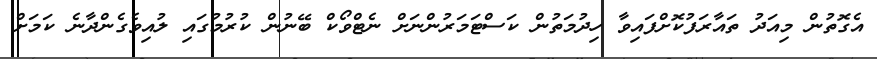
އެގޮތުން މިއަދު ތައާރަފުކޮށްފައިވާ ހިދުމަތުން ކަސްޓަމަރުންނަށް ނެޓްވޯކް ބޭނުން ކުރުމުގައި ލުއިވެގެންދާނެ ކަމަށް